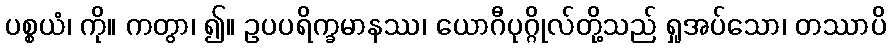
ပစ္စယံ၊ ကို။ ကတွာ၊ ၍။ ဥပပရိက္ခမာနဿ၊ ယောဂီပုဂ္ဂိုလ်တို့သည် ရှုအပ်သော၊ တဿာပိ